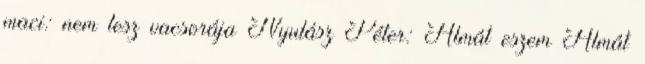
maci: nem lesz vacsorája Nyulász Péter: Almát eszem Almát